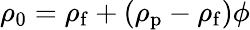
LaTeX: \rho_{0}=\rho_{\mathrm{f}}+(\rho_{\mathrm{p}}-\rho_{\mathrm{f}})\phi